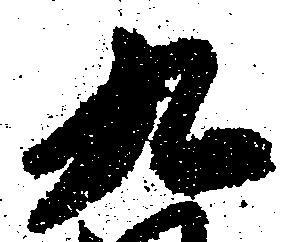
九